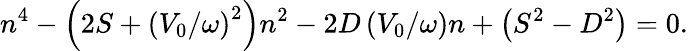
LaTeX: n^{4}-\left(2S+\left(V_{0}/\omega\right)^{2}\right)n^{2}-2D\left(V_{0}/\omega\right)n+\left(S^{2}-D^{2}\right)=0.